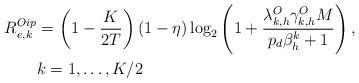
LaTeX: \begin{align*}\begin{aligned}R_{e,k}^{Oip}&=\left(1-\frac{K}{2T}\right)(1-\eta)\log_2\left(1+\frac{\lambda_{k,h}^O\gamma_{k,h}^O M}{p_d\beta_h^k+1}\right),\\& k=1,\ldots, K/2\end{aligned}\end{align*}